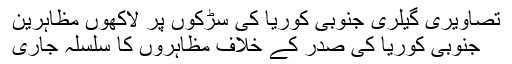
تصاویری گیلری جنوبی کوریا کی سڑکوں پر لاکھوں مظاہرین
جنوبی کوریا کی صدر کے خلاف مظاہروں کا سلسلہ جاری